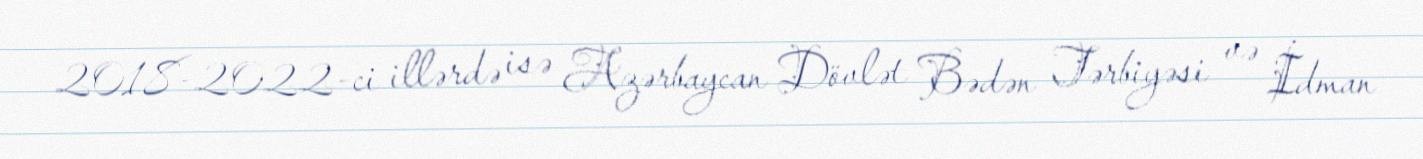
2018-2022-ci illərdə isə Azərbaycan Dövlət Bədən Tərbiyəsi və İdman